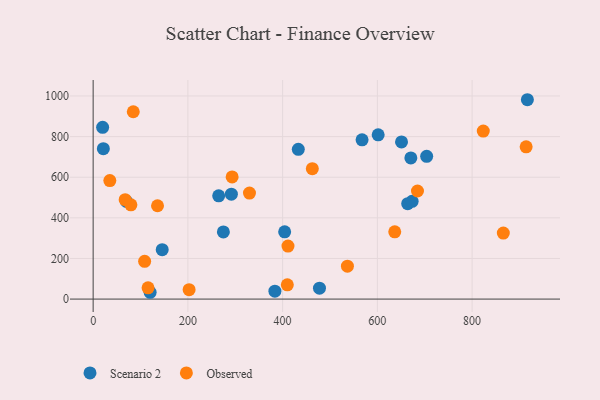
{"axis": {"x": "Distance", "y": "Demand"}, "legend": ["Observed", "Scenario 2"], "data": [{"x": "433.1", "y": 737.5, "type": "Scenario 2"}, {"x": "704.1", "y": 702.7, "type": "Scenario 2"}, {"x": "274.9", "y": 330.8, "type": "Scenario 2"}, {"x": "291.8", "y": 516.3, "type": "Scenario 2"}, {"x": "120.3", "y": 33.5, "type": "Scenario 2"}, {"x": "20.0", "y": 845.4, "type": "Scenario 2"}, {"x": "664.0", "y": 469.8, "type": "Scenario 2"}, {"x": "673.4", "y": 481.4, "type": "Scenario 2"}, {"x": "670.7", "y": 695.1, "type": "Scenario 2"}, {"x": "477.8", "y": 53.9, "type": "Scenario 2"}, {"x": "265.0", "y": 508.2, "type": "Scenario 2"}, {"x": "601.7", "y": 808.5, "type": "Scenario 2"}, {"x": "567.7", "y": 784.3, "type": "Scenario 2"}, {"x": "21.5", "y": 740.7, "type": "Scenario 2"}, {"x": "70.3", "y": 480.7, "type": "Scenario 2"}, {"x": "651.0", "y": 773.8, "type": "Scenario 2"}, {"x": "916.7", "y": 981.5, "type": "Scenario 2"}, {"x": "404.3", "y": 331.2, "type": "Scenario 2"}, {"x": "145.8", "y": 243.1, "type": "Scenario 2"}, {"x": "383.7", "y": 39.0, "type": "Scenario 2"}, {"x": "462.7", "y": 641.9, "type": "Observed"}, {"x": "84.7", "y": 922.2, "type": "Observed"}, {"x": "865.9", "y": 324.9, "type": "Observed"}, {"x": "135.9", "y": 459.5, "type": "Observed"}, {"x": "115.9", "y": 55.4, "type": "Observed"}, {"x": "79.7", "y": 463.9, "type": "Observed"}, {"x": "914.1", "y": 749.7, "type": "Observed"}, {"x": "35.2", "y": 583.4, "type": "Observed"}, {"x": "684.7", "y": 532.2, "type": "Observed"}, {"x": "411.3", "y": 261.0, "type": "Observed"}, {"x": "330.0", "y": 521.7, "type": "Observed"}, {"x": "293.4", "y": 601.5, "type": "Observed"}, {"x": "202.6", "y": 46.1, "type": "Observed"}, {"x": "67.6", "y": 489.5, "type": "Observed"}, {"x": "636.7", "y": 331.0, "type": "Observed"}, {"x": "823.6", "y": 827.3, "type": "Observed"}, {"x": "536.8", "y": 161.8, "type": "Observed"}, {"x": "108.7", "y": 186.0, "type": "Observed"}, {"x": "409.9", "y": 70.2, "type": "Observed"}]}